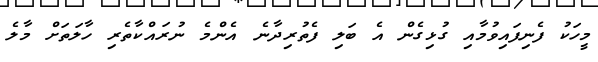
މީހަކު ފެނިފައިވުމާއި ގުޅިގެން އެ ބަލި ފެތުރިދާނެ އެންމެ ނުރައްކާތެރި ހާލަތަށް މާލެ